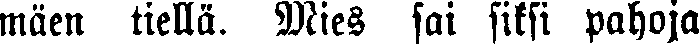
mäen tiellä. Mies sai siksi pahoja